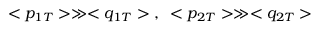
< p _ { 1 T } > \gg < q _ { 1 T } > \; , \; \; < p _ { 2 T } > \gg < q _ { 2 T } >